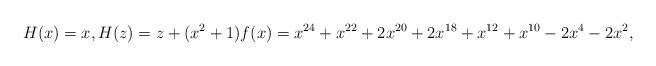
LaTeX: \begin{align*}H(x)=x,H(z)=z +(x^2+1)f(x)= x^{24}+x^{22}+2x^{20}+2x^{18}+x^{12}+x^{10}-2x^{4}-2x^{2},\end{align*}